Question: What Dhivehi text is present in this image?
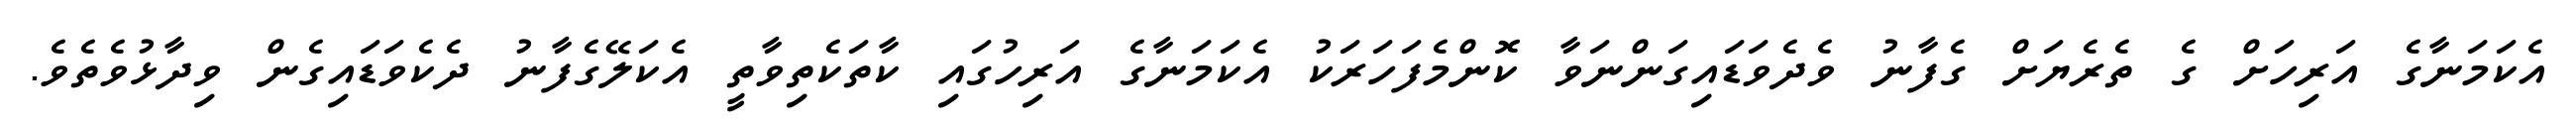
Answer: އެކަމަނާގެ އަރިހަށް ގެ ތެރެޔަށް ގެފާނު ވެދެވަޑައިގަންނަވާ ކޮންމެފަހަރަކު އެކަމަނާގެ އަރިހުގައި ކާތަކެތިވާތީ އެކަލޭގެފާނު ދެކެވަޑައިގެން ވިދާޅުވެތެވެ.